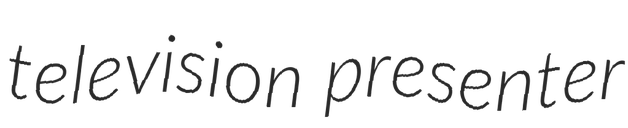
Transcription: television presenter